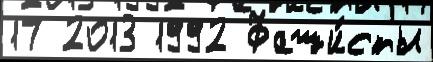
17 2013 1992 Фаши́сты